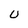
Character: U